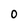
Character: O